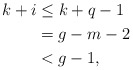
\begin{align*}k+i &\leq k+q-1 \\&= g-m-2\\&< g-1,\end{align*}